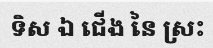
ទិស ឯ ជើង នៃ ស្រះ